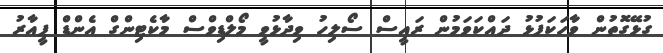
ގުޅޭގޮތުން ވާހަކަފުޅު ދައްކަވަމުން ރައީސް ސޯލިހު ވިދާޅުވީ މޯލްޑިވްސް މާކެޓިންގް އެންޑް ޕީއާރު